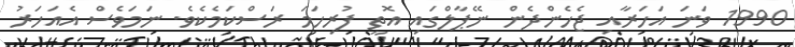
1990 ވަނަ އަހަރާއި ޖެހެންދެން ނޭޕާލްގައި އޮތީ ފުރިހަމަ ރަސްކަމެކެވެ. ނަމަވެސް އެއަހަރު